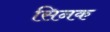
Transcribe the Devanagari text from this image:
सिनक